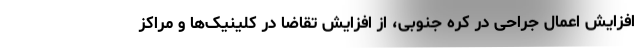
افزایش اعمال جراحی در کره جنوبی، از افزایش تقاضا در کلینیک‌ها و مراکز